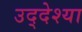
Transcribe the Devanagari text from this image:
उद्देश्या